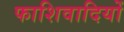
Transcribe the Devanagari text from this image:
फाशिवादियों